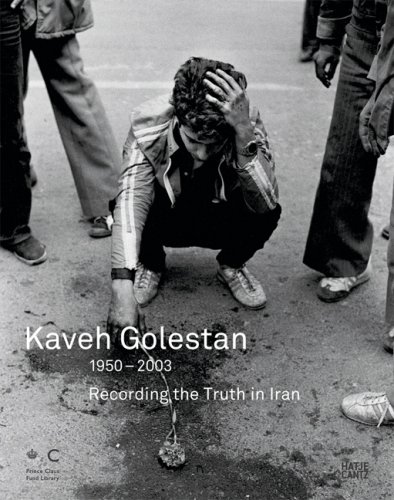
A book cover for Kaveh Golestan: Recording the Truth in Iran 1950-2003; Masoud Benhoud; Travel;